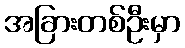
အခြားတစ်ဦးမှာ